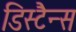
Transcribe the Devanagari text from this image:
डिस्टैन्स